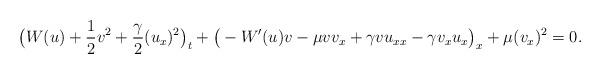
LaTeX: \begin{align*} \big(W(u) + \frac{1}{2} v^2 + \frac{\gamma}{2} (u_x)^2 \big)_t + \big(-W'(u)v - \mu v v_x + \gamma v u_{xx} -\gamma v_x u_x\big)_x + \mu(v_x)^2 =0.\end{align*}